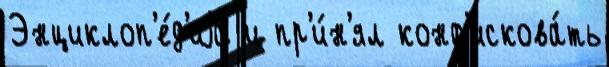
Энциклоп'е́д'иjа и пр'и́н'ял конф'искова́ть